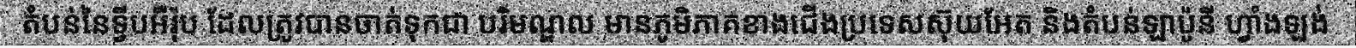
តំបន់នៃទ្វីបអឺរ៉ុប ដែលត្រូវបានចាត់ទុកជា បរិមណ្ឌល មានភូមិភាគខាងជើងប្រទេសស៊ុយអែត និងតំបន់ឡាប៉ូនី ហ្វាំងឡង់